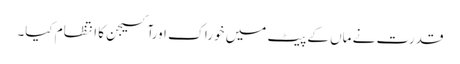
قدرت نے ماں کے پیٹ میں خوراک اورآکسیجن کا انتظام کیا۔